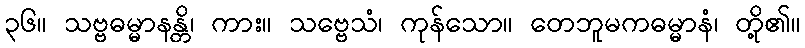
၃၆။ သဗ္ဗဓမ္မာနန္တိ၊ ကား။ သဗ္ဗေသံ၊ ကုန်သော။ တေဘူမကဓမ္မာနံ၊ တို့၏။